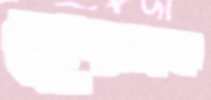
চেরনফ